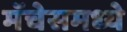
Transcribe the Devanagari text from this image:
मॅचेसमध्ये